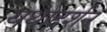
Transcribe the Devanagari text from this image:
यथादर्शन